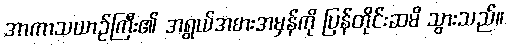
အာကာသယာဉ်ကြီး၏ အရွယ်အစားအမှန်ကို ပြန်တိုင်းဆမိ သွားသည်။